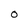
Character: O